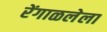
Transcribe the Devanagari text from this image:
रेंगाळलेला